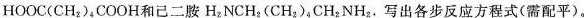
HOOC(CH_{ 2})_{4}COOH和己二胺H_{ 2}NCH_{ 2}(CH_{ 2})_{4}CH_{ 2}NH_{ 2}。写出各步反应方程式(需配平)。